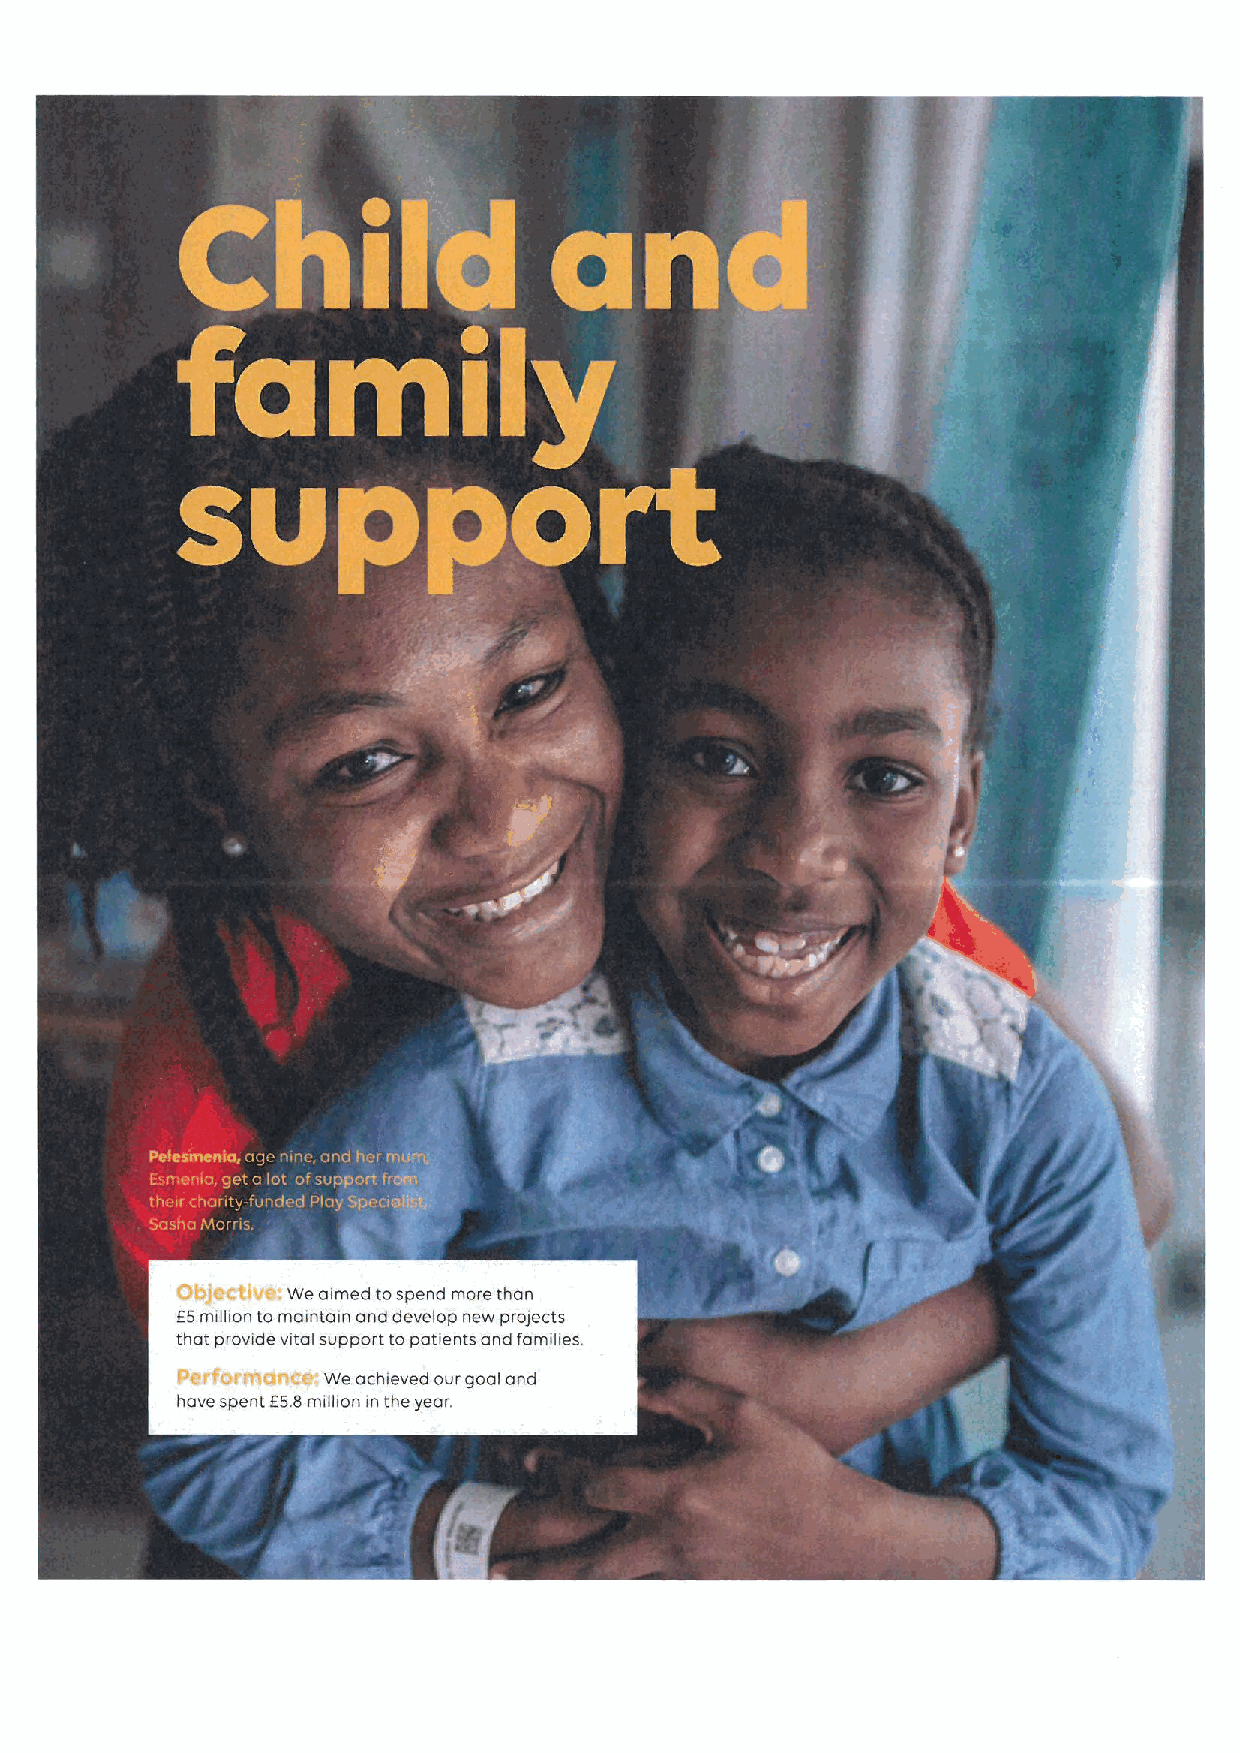
ObjeCtive: We aimed tospend more than
 85million to maintain and develop new prospects
 that provide vital support to patients and families.
 Performance. we achieved our goal and
 have spent 85.8million in the year.